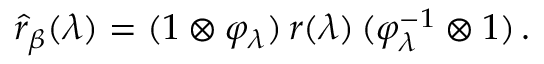
\widehat { r } _ { \beta } ( \lambda ) = ( 1 \otimes \varphi _ { \lambda } ) \, r ( \lambda ) \, ( \varphi _ { \lambda } ^ { - 1 } \otimes 1 ) \, .